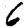
Digit: 6